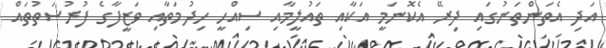
އަދި އެތަންތަނުގައި ދިރޭ އެކޮނަމީ އަކާއި ތައުލީމާއި ސިއްހީ ހިދުމަތާއި ވަޒީފާގެ ފުރުސަތުތައް